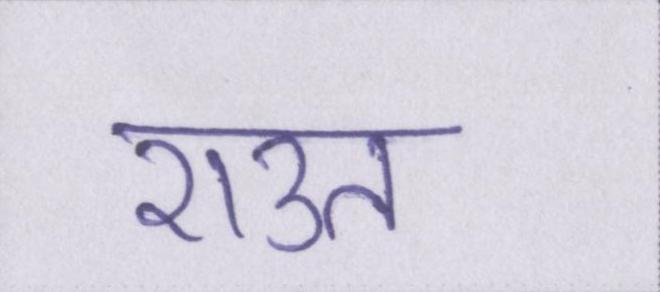
राउत